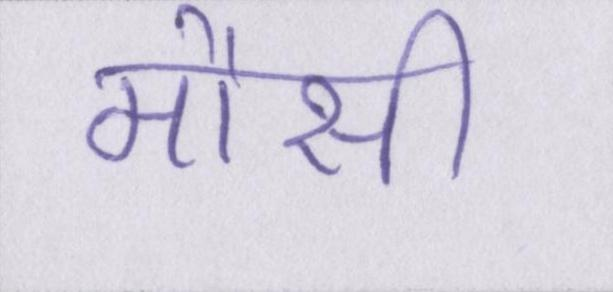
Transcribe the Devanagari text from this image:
मौसी